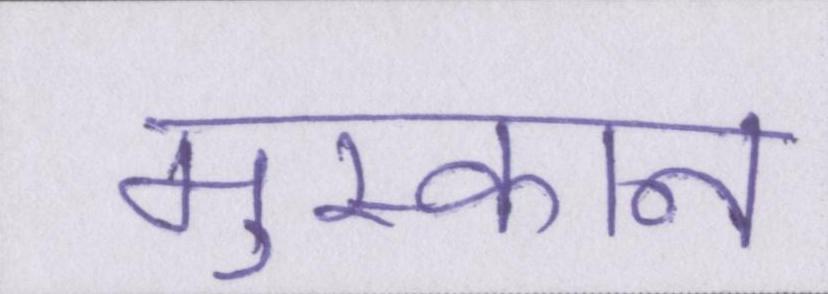
मुस्कान